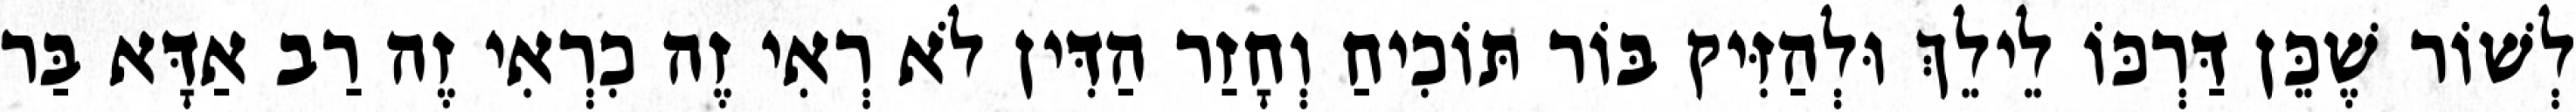
לְשׁוֹר שֶׁכֵּן דַּרְכּוֹ לֵילֵךְ וּלְהַזִּיק בּוֹר תּוֹכִיחַ וְחָזַר הַדִּין לֹא רְאִי זֶה כִרְאִי זֶה רַב אַדָּא בַּר